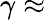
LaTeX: \gamma\approx